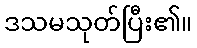
ဒသမသုတ်ပြီး၏။